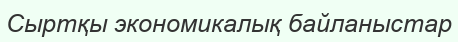
Сыртқы экономикалық байланыстар